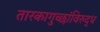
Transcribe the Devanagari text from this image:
तारकागुच्छांविरुद्ध